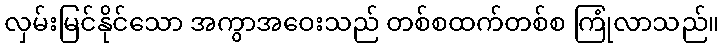
လှမ်းမြင်နိုင်သော အကွာအဝေးသည် တစ်စထက်တစ်စ ကြုံလာသည်။